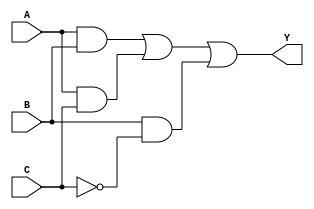
module kmap_3var (
    input wire A,  // 1-bit input A
    input wire B,  // 1-bit input B
    input wire C,  // 1-bit input C
    output wire Y  // 1-bit output Y
);

// K-map implementation based on the specified truth table
// K-map layout:
// BC
//  00  01  11  10
// +----------------
// A| 0   1   3   2  (Row A=0)
// 0| 0   1   1   0  (Row A=1)

// The output Y can be derived from the K-map as follows:
// Y = B'C + AB + AC
assign Y = (A & B) | (A & C) | (B & ~C);

endmodule